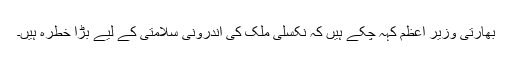
بھارتی وزیر اعظم کہہ چکے ہیں کہ نکسلی ملک کی اندرونی سلامتی کے لیے بڑا خطرہ ہیں۔